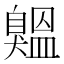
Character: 𦤨